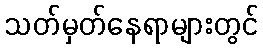
သတ်မှတ်နေရာများတွင်